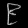
Digit: ၉